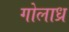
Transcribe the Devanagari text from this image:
गोलाध्र